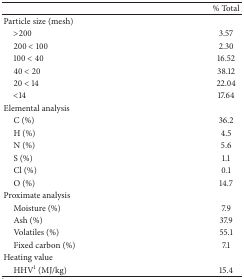
<table><thead><tr><td><b> </b></td><td><b>% Total</b></td></tr></thead><tbody><tr><td>Particle size (mesh)</td><td> </td></tr><tr><td> &gt;200</td><td>3.57</td></tr><tr><td> 200 &lt; 100</td><td>2.30</td></tr><tr><td> 100 &lt; 40</td><td>16.52</td></tr><tr><td> 40 &lt; 20</td><td>38.12</td></tr><tr><td> 20 &lt; 14</td><td>22.04</td></tr><tr><td> &lt;14</td><td>17.64</td></tr><tr><td>Elemental analysis</td><td> </td></tr><tr><td> C (%)</td><td>36.2</td></tr><tr><td> H (%)</td><td>4.5</td></tr><tr><td> N (%)</td><td>5.6</td></tr><tr><td> S (%)</td><td>1.1</td></tr><tr><td> Cl (%)</td><td>0.1</td></tr><tr><td> O (%)</td><td>14.7</td></tr><tr><td>Proximate analysis</td><td> </td></tr><tr><td> Moisture (%)</td><td>7.9</td></tr><tr><td> Ash (%)</td><td>37.9</td></tr><tr><td> Volatiles (%)</td><td>55.1</td></tr><tr><td> Fixed carbon (%)</td><td>7.1</td></tr><tr><td>Heating value</td><td> </td></tr><tr><td> HHV<sup>1</sup> (MJ/kg)</td><td>15.4</td></tr></tbody></table>